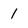
Character: 1